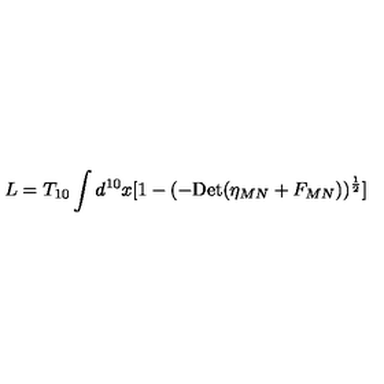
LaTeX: L = T _ { 1 0 } \int d ^ { 1 0 } x [ 1 - ( - \mathrm { D e t } ( \eta _ { M N } + F _ { M N } ) ) ^ { { \frac { 1 } { 2 } } } ]